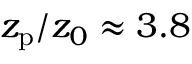
z _ { \mathrm { { p } } } / z _ { 0 } \approx 3 . 8